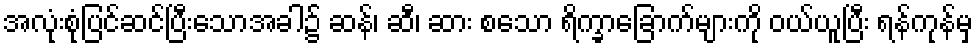
အလုံးစုံပြင်ဆင်ပြီးသောအခါ၌ ဆန်၊ ဆီ၊ ဆား စသော ရိက္ခာခြောက်များကို ဝယ်ယူပြီး ရန်ကုန်မှ